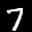
Label: 7